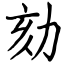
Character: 劾